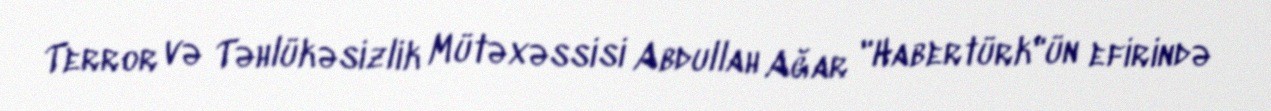
Terror və Təhlükəsizlik Mütəxəssisi Abdullah Ağar "Habertürk"ün efirində